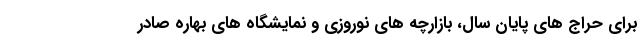
برای حراج های پایان سال، بازارچه های نوروزی و نمایشگاه های بهاره صادر